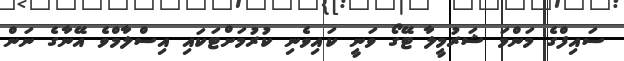
ސައިފްގެ މަންމަ ޝަރުމީލާ ޓޭގޯ ވަނީ ކައިވެނި ކުރުމަށްޓަކައި އިސްލާމްވެ އޭނާގެ ނަން